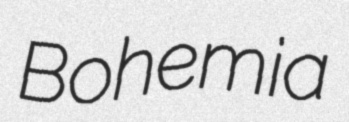
Bohemia